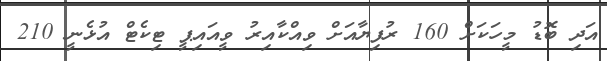
އަދި ބޮޑު މީހަކަށް 160 ރުފިޔާއަށް ވިއްކާއިރު ވީއައިޕީ ޓިކެޓް އުޅެނީ 210